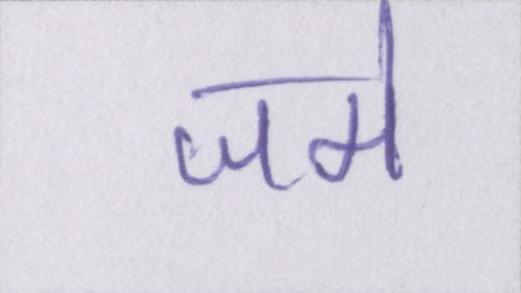
जमे